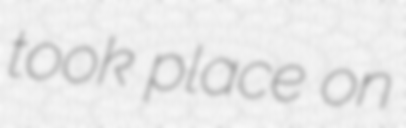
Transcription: took place on